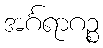
အင်္ဂရာဂဉ္စ